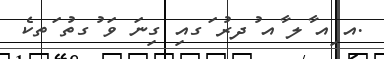
.އ ިއ ާލ ާއ ުދރު ަގއި ގިނަ ވަ ުގތު ަތކެ